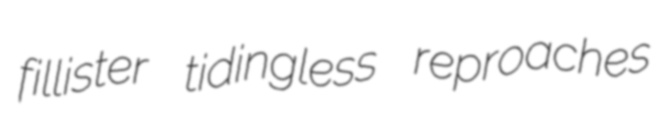
fillister tidingless reproaches